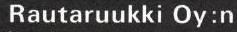
Rautaruukki Oy:n